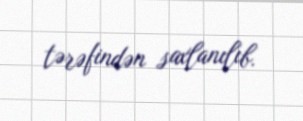
tərəfindən saxlanılıb.